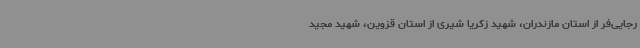
رجایی‌فر از استان مازندران، شهید زکریا شیری از استان قزوین، شهید مجید